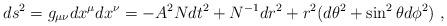
LaTeX: \begin{align*}ds^2=g_{\mu\nu}dx^\mu dx^\nu= -{A}^2{N} dt^2 + {N}^{-1} dr^2 + r^2 (d\theta^2 + \sin^2\theta d\phi^2)\ , \end{align*}